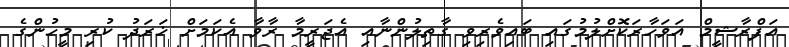
އަފްރާޝީމް އަވަހާރަކޮށްލުމުގައި ބައިވެރިވި ގާތިލުންނާއި އެޖަރީމާ ރާވާ އެކަމަށް ޚަރަދު ކުރި މީހުންގެ